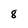
Character: 8